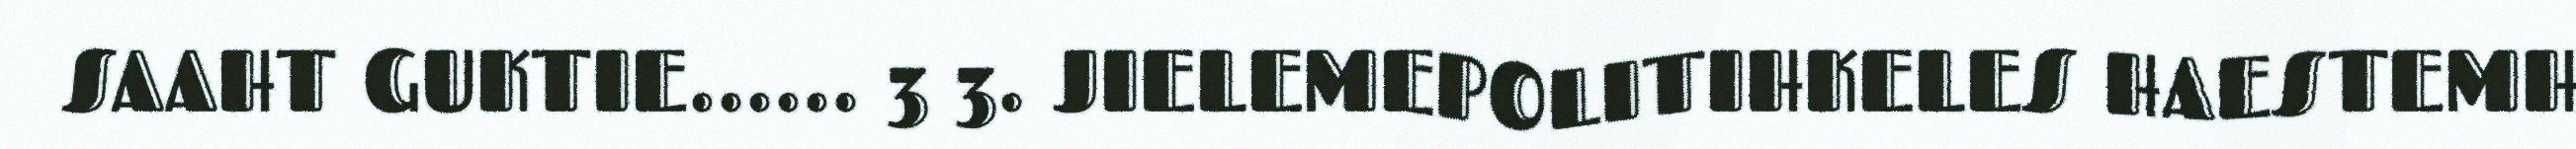
SAAHT GUKTIE...... 3 3. JIELEMEPOLITIHKELES HAESTEMH